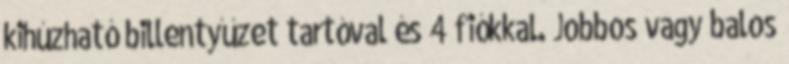
kihúzható billentyűzet tartóval és 4 fiókkal. Jobbos vagy balos